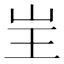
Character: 㞷